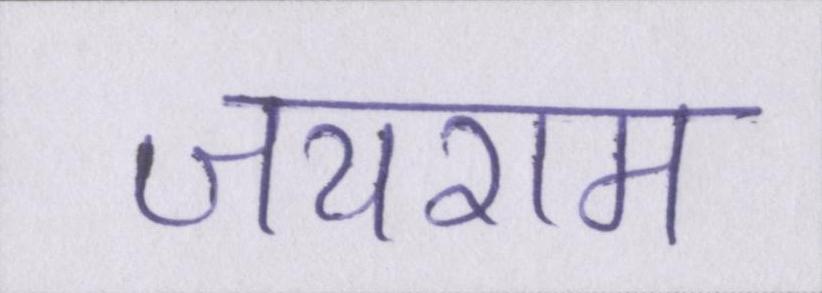
जयराम